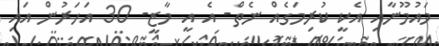
މައުމޫނާއި އެކީ ކުރިމަގެއް ނެތް- އެ އީ މާޒީ- 30 އަހަރުން އައި